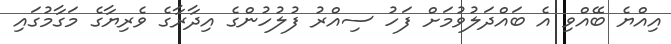
އިއްޔެ ބޭއްވި އެ ބައްދަލުވުމަށް ފަހު ސިއްރު ފުލުހުންގެ އިދާރާގެ ވެރިޔާގެ މަގާމުގައި